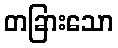
တခြားသော